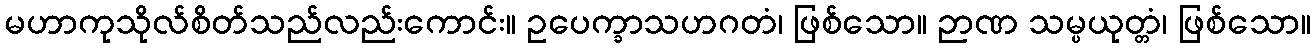
မဟာကုသိုလ်စိတ်သည်လည်းကောင်း။ ဥပေက္ခာသဟဂတံ၊ ဖြစ်သော။ ဉာဏ သမ္ပယုတ္တံ၊ ဖြစ်သော။